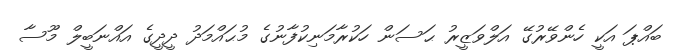
ބައްޕަ އަކީ ހެންވޭރުގޭ އަލްވަޒީރު ޙަސަން ހަކުރާމަނިކުފާނުގެ މުޙައްމަދު ދީދީގެ އައްނަބީލް މޫސާ